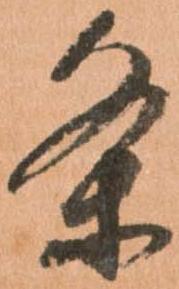
条